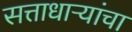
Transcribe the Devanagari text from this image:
सत्ताधाऱ्यांचा